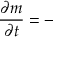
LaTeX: { \frac { \partial m } { \partial t } } = -